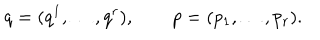
LaTeX: q = ( q ^ { 1 } , \ldots , q ^ { r } ) , \qquad p = ( p _ { 1 } , \ldots , p _ { r } ) .